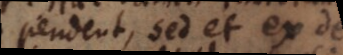
pendent, sed et ex